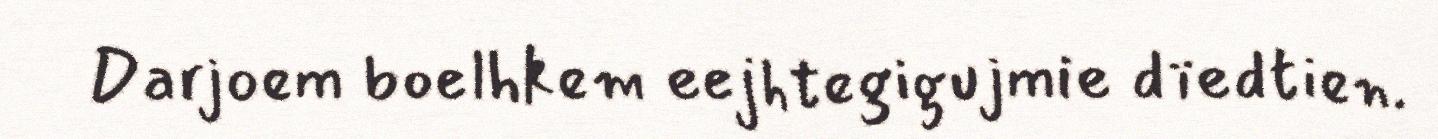
Darjoem boelhkem eejhtegigujmie dïedtien.